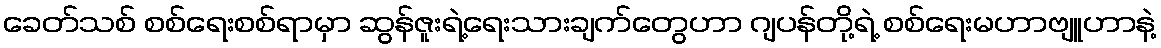
ခေတ်သစ် စစ်ရေးစစ်ရာမှာ ဆွန်ဇူးရဲ့ရေးသားချက်တွေဟာ ဂျပန်တို့ရဲ့ စစ်ရေးမဟာဗျူဟာနဲ့